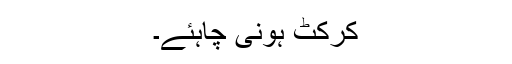
کرکٹ ہونی چاہئے۔